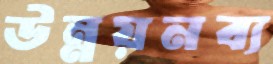
উন্নয়নব্য